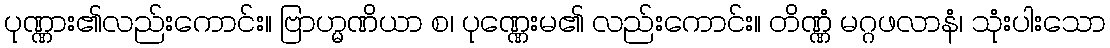
ပုဏ္ဏား၏လည်းကောင်း။ ဗြာဟ္မဏိယာ စ၊ ပုဏ္ဏေးမ၏ လည်းကောင်း။ တိဏ္ဏံ မဂ္ဂဖလာနံ၊ သုံးပါးသော